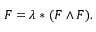
F = \lambda * ( F \wedge F ) .